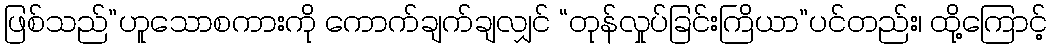
ဖြစ်သည်”ဟူသောစကားကို ကောက်ချက်ချလျှင် “တုန်လှုပ်ခြင်းကြိယာ”ပင်တည်း၊ ထို့ကြောင့်